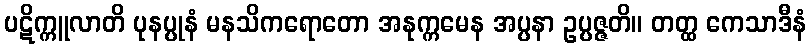
ပဋိက္ကူလာတိ ပုနပ္ပုနံ မနသိကရောတော အနုက္ကမေန အပ္ပနာ ဥပ္ပဇ္ဇတိ။ တတ္ထ ကေသာဒီနံ